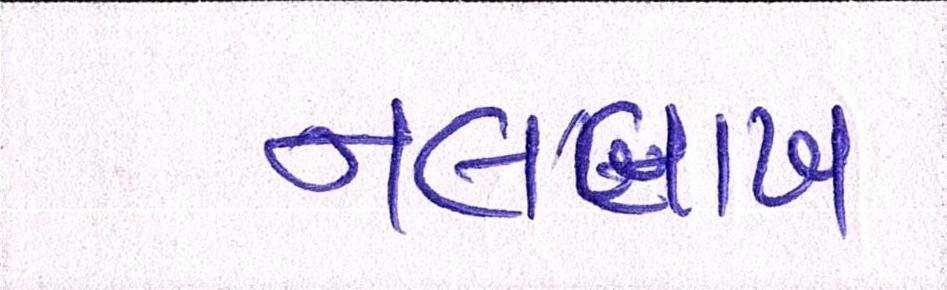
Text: નવલાખ